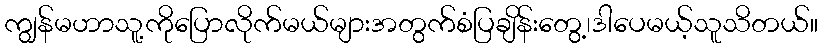
ကျွန်မဟာသူ့ကိုပြောလိုက်မယ်များအတွက်စံပြချိန်းတွေ့၊ဒါပေမယ့်သူသိတယ်။